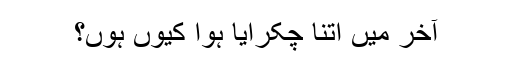
آخر میں اتنا چکرایا ہوا کیوں ہوں؟